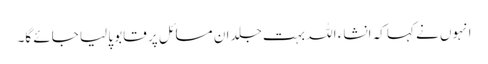
انہوں نے کہا کہ انشاء اللہ بہت جلد ان مسائل پر قابو پا لیا جائے گا۔